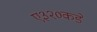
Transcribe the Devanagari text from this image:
ए३२०कडे